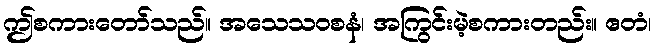
ဤစကားတော်သည်။ အသေသဝစနံ၊ အကြွင်းမဲ့စကားတည်း။ ဧတံ၊